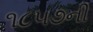
૧૮૫૭ની